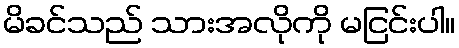
မိခင်သည် သားအလိုကို မငြင်းပါ။